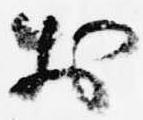
於